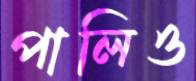
পালিও